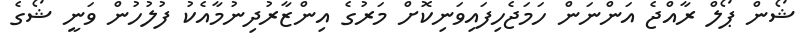
ޝޯން ޕޯލް ރާއްޖެ އަންނަން ހަމަޖެހިފައިވަނިކޮށް މަރުގެ އިންޒާރުދިނުމާއެކު ފުލުހުން ވަނީ ޝޯގެ